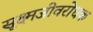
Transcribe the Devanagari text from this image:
सूक्ष्मजीवरोधक